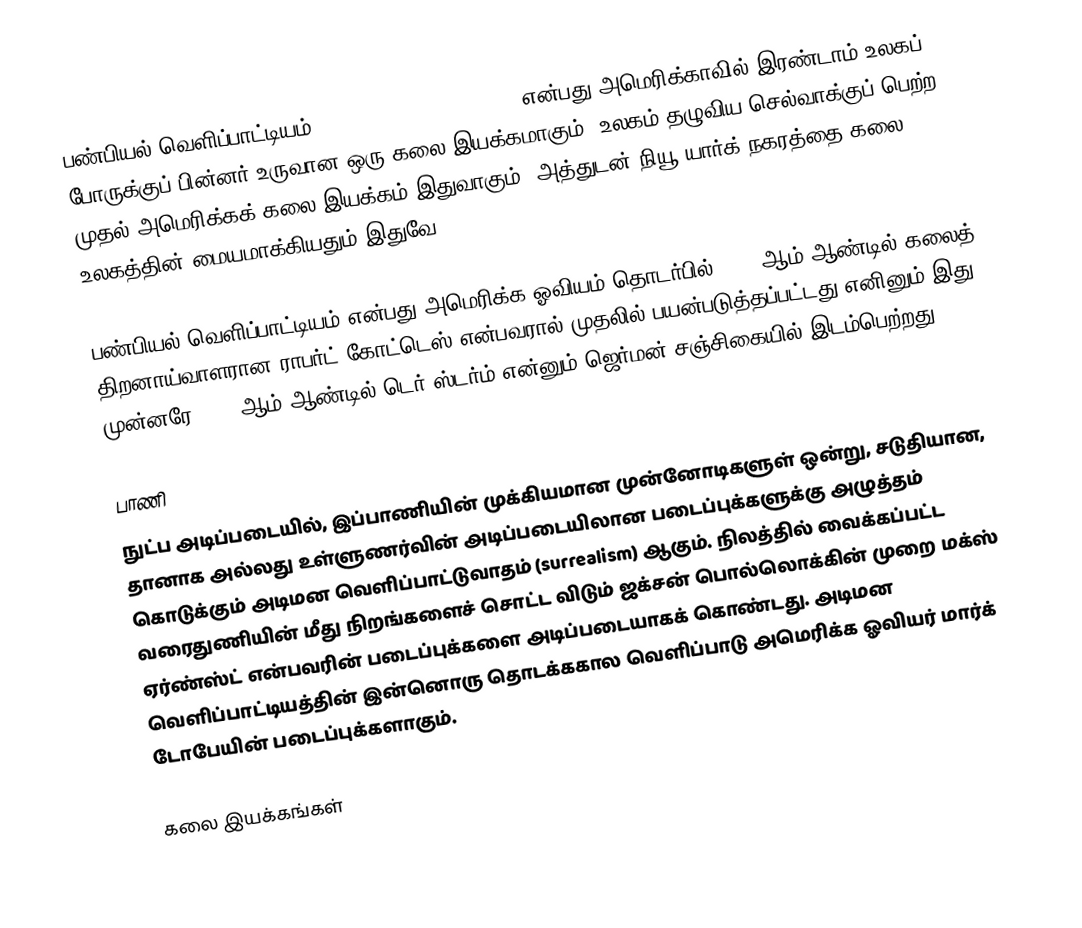
பண்பியல் வெளிப்பாட்டியம் (abstract expressionism) என்பது அமெரிக்காவில் இரண்டாம் உலகப் போருக்குப் பின்னர் உருவான ஒரு கலை இயக்கமாகும். உலகம் தழுவிய செல்வாக்குப் பெற்ற முதல் அமெரிக்கக் கலை இயக்கம் இதுவாகும். அத்துடன் நியூ யார்க் நகரத்தை கலை உலகத்தின் மையமாக்கியதும் இதுவே.

பண்பியல் வெளிப்பாட்டியம் என்பது அமெரிக்க ஓவியம் தொடர்பில் 1946 ஆம் ஆண்டில் கலைத் திறனாய்வாளரான ராபர்ட் கோட்டெஸ் என்பவரால் முதலில் பயன்படுத்தப்பட்டது எனினும் இது முன்னரே 1919 ஆம் ஆண்டில் டெர் ஸ்டர்ம் என்னும் ஜெர்மன் சஞ்சிகையில் இடம்பெற்றது.

பாணி
நுட்ப அடிப்படையில், இப்பாணியின் முக்கியமான முன்னோடிகளுள் ஒன்று, சடுதியான, தானாக அல்லது உள்ளுணர்வின் அடிப்படையிலான படைப்புக்களுக்கு அழுத்தம் கொடுக்கும் அடிமன வெளிப்பாட்டுவாதம் (surrealism) ஆகும். நிலத்தில் வைக்கப்பட்ட வரைதுணியின் மீது நிறங்களைச் சொட்ட விடும் ஜக்சன் பொல்லொக்கின் முறை மக்ஸ் ஏர்ண்ஸ்ட் என்பவரின் படைப்புக்களை அடிப்படையாகக் கொண்டது. அடிமன வெளிப்பாட்டியத்தின் இன்னொரு தொடக்ககால வெளிப்பாடு அமெரிக்க ஓவியர் மார்க் டோபேயின் படைப்புக்களாகும்.

கலை இயக்கங்கள்